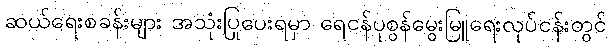
ဆယ်ရေးစခန်းများ အသုံးပြုပေးရမှာ ရေငန်ပုစွန်မွေးမြူရေးလုပ်ငန်းတွင်